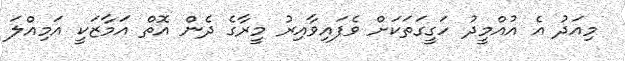
މިއަދު އެ އުއްމީދު ހަގީގަތަކަށް ވެފައިވާއިރު މީރާގެ ދެން އޮތް އަމާޒަކީ އަމިއްލަ